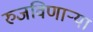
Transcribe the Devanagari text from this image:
रुजविणार्‍या